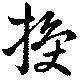
授